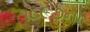
૧૮૯૭ના